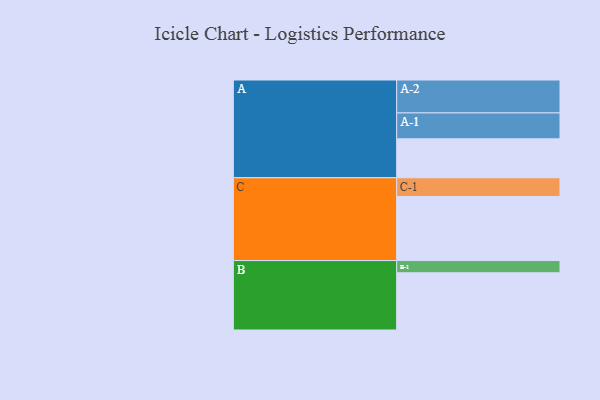
{"axis": {"x": "Segment", "y": "Value"}, "legend": ["", "A", "B", "C"], "data": [{"x": "A", "y": 312, "type": ""}, {"x": "B", "y": 459, "type": ""}, {"x": "C", "y": 513, "type": ""}, {"x": "A-1", "y": 208, "type": "A"}, {"x": "A-2", "y": 264, "type": "A"}, {"x": "B-1", "y": 98, "type": "B"}, {"x": "C-1", "y": 151, "type": "C"}]}